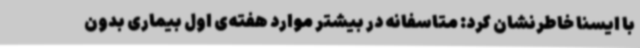
با ایسنا خاطرنشان کرد: متاسفانه در بیشتر موارد هفته‌ی اول بیماری بدون